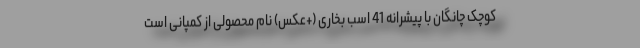
کوچک چانگان با پیشرانه 41 اسب بخاری (+عکس) نام محصولی از کمپانی است